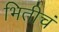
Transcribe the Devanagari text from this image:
भितीचं